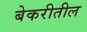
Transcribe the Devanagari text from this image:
बेकरीतील